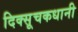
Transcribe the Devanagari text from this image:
दिक्सूचकधानी